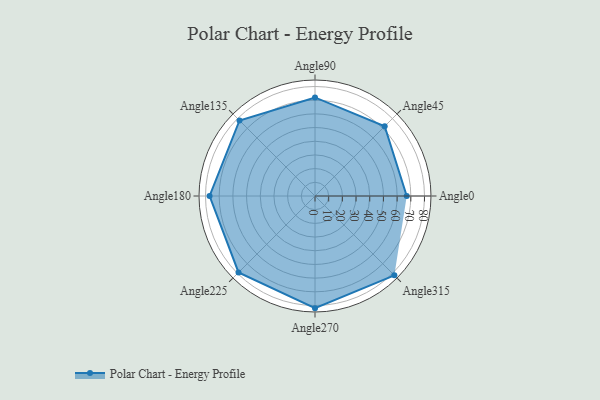
{"axis": {"x": "Angle", "y": "Radius"}, "legend": [""], "data": [{"x": "Angle0", "y": 67.0, "type": ""}, {"x": "Angle45", "y": 72.0, "type": ""}, {"x": "Angle90", "y": 72.0, "type": ""}, {"x": "Angle135", "y": 78.0, "type": ""}, {"x": "Angle180", "y": 77.0, "type": ""}, {"x": "Angle225", "y": 79.0, "type": ""}, {"x": "Angle270", "y": 82.0, "type": ""}, {"x": "Angle315", "y": 82.0, "type": ""}]}